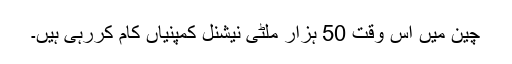
چین میں اس وقت 50 ہزار ملٹی نیشنل کمپنیاں کام کررہی ہیں۔